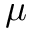
\boldsymbol { \mu }